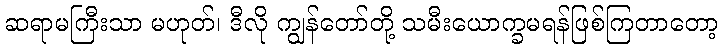
ဆရာမကြီးသာ မဟုတ်၊ ဒီလို ကျွန်တော်တို့ သမီးယောက္ခမရန်ဖြစ်ကြတာတော့